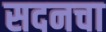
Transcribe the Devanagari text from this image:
सदनचा